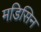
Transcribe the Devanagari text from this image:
मडिसिन